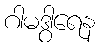
ဂါမဒွါရေန